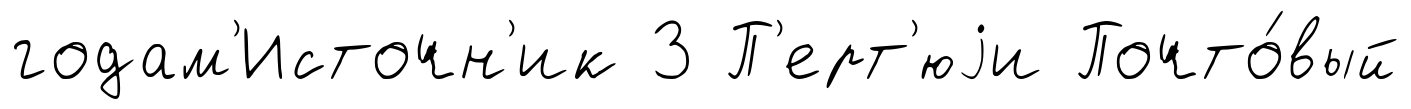
годам'Источн'ик 3 П'ерт'юjи Почто́вый